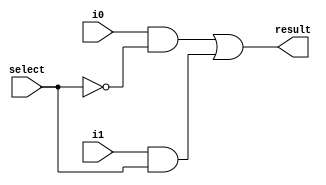
module mux2 (result, i0, i1, select);
    input i0, i1, select;
    output result;
    wire n1, n2, not_select;

    not(not_select, select);
    and(n1, i0, not_select);
    and(n2, i1, select);
    or(result, n1, n2);
endmodule